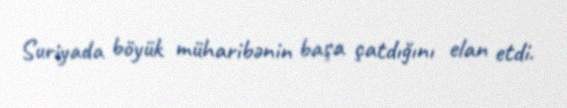
Suriyada böyük müharibənin başa çatdığını elan etdi.